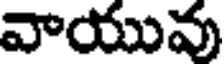
వాయువు